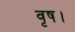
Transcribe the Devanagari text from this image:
वृष।